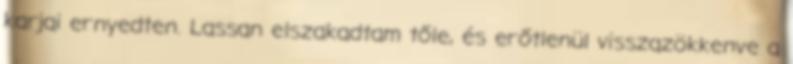
karjai ernyedten. Lassan elszakadtam tőle, és erőtlenül visszazökkenve a